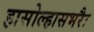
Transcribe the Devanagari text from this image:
हासोल्हासभरैः